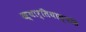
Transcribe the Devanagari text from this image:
ख्यार्तियास्यति